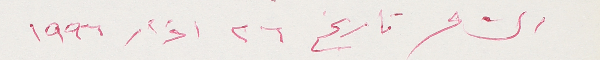
الشاعر تاريخ ٢٦ اذار ١٩٩٦